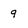
Character: q